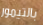
بالتيمور